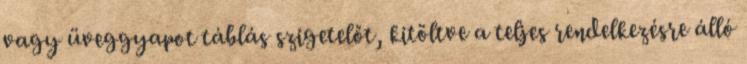
vagy üveggyapot táblás szigetelőt, kitöltve a teljes rendelkezésre álló